Vaccination in the Punjab 1897-1904 - 1897-1904
Year: 1897
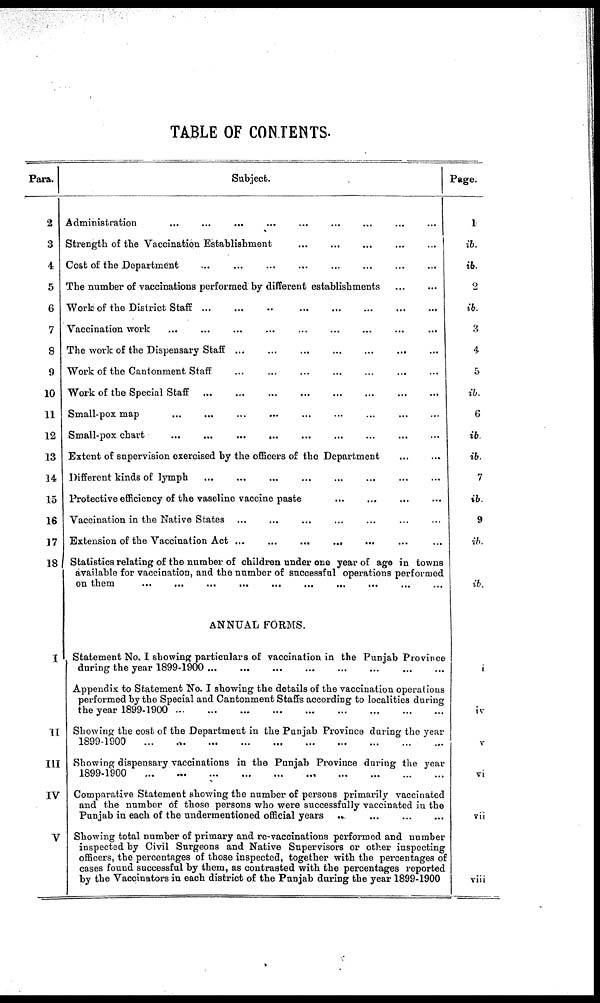
TABLE OF CONTENTS.
Para.
2
3
4
5
6
7
8
9
10
11
12
13
14
15
16
17
18
I
II
III
IV
V
Subject.
Administration ... ... ... ... ... ... ... ... ...
Strength of the Vaccination Establishment ... ... ... ... ... ... ... ... ...
Cost of the Department ... ... ... ... ... ... ... ... ...
The number of vaccinations performed by different establishments ... ...
Work of the District Staff
...
...
...
...
...
...
...
...
...
Vaccination work ... ... ... ... ... ... ... ... ...
The work of the Dispensary Staff ... ... ... ... ... ... ... ... ...
Work of the Cantonment Staff ... ... ... ... ... ... ... ... ...
Work of the Special Staff
...
...
...
...
...
...
...
...
...
Small-pox map ... ... ... ... ... ... ... ... ...
Small-pox chart ... ... ... ... ... ... ... ... ...
Extent of supervision exercised by the officers of the Department ... ...
Different kinds of lymph ... ... ... ... ... ... ... ... ...
Protective efficiency of the vaseline vaccine paste ... ... ... ... ... ... ... ... ...
Vaccination in the Native States ... ... ... ... ... ... ... ... ...
Extension of the Vaccination Act ... ... ... ... ... ... ... ... ...
Statistics relating of the number of children under one year of age in towns
available for vaccination, and the number of successful operations performed
on them ... ... ... ... ... ... ... ... ...
ANNUAL FORMS.
Statement No. I showing particulars of vaccination in the Punjab Province
during the year 1899-1900
...
...
...
...
...
...
...
...
...
Appendix to Statement No. I showing the details of the vaccination operations
performed by the Special and Cantonment Staffs according to localities during
the year 1899-1900
...
...
...
...
...
...
...
...
...
Showing the cost of the Department in the Punjab Province daring the year
1899-1900 ... ... ... ... ... ... ... ... ...
Showing dispensary vaccinations in the Punjab Province during the year
1899-1900
...
...
...
...
...
...
...
...
...
Comparative Statement showing the number of persons primarily vaccinated
and the number of those persons who were successfully vaccinated in the
Punjab in each of the undermentioned official years ... ... ... ... ... ... ... ... ...
Showing total number of primary and re-vaccinations performed and number
inspected by Civil Surgeons and Native Supervisors or other inspecting
officers, the percentages of those inspected, together with the percentages of
cases found successful by them, as contrasted with the percentages reported
by the Vaccinators in each district of the Punjab during the year 1899-1900 ...
Page.
I
ib.
ib.
2
ib.
3
4
5
ib.
6
ib.
ib.
7
ib.
9
ib.
ib
i
iv
v
vi
vii
viii